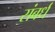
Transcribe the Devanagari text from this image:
संबर्ध